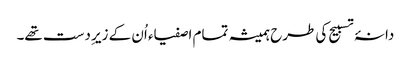
دانۂ تسبیح کی طرح ہمیشہ تمام اصفیاء اُن کے زیرِ دست تھے۔